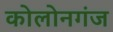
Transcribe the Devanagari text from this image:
कोलोनगंज